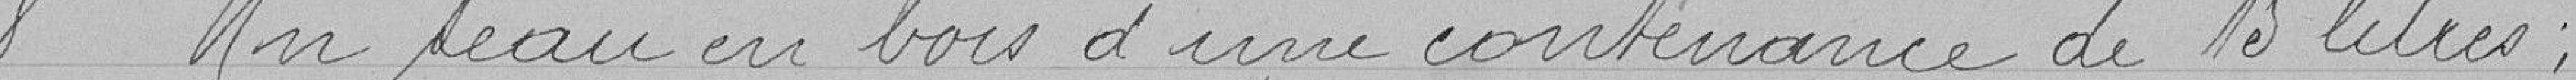
Un seau en bois d'une contenance de 15 litres